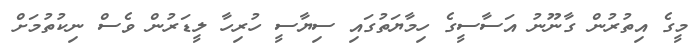
މީގެ އިތުރުން ގާނޫނު އަސާސީގެ ހިމާޔަތުގައި ސިޔާސީ ހުރިހާ ލީޑަރުން ވެސް ނިކުތުމަށް